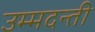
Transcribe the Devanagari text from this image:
उम्मदन्ती